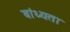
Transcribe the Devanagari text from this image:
बांध्यता